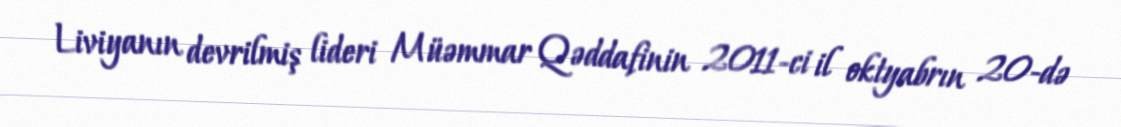
Liviyanın devrilmiş lideri Müəmmar Qəddafinin 2011-ci il oktyabrın 20-də